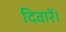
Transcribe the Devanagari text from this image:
दिवारें।